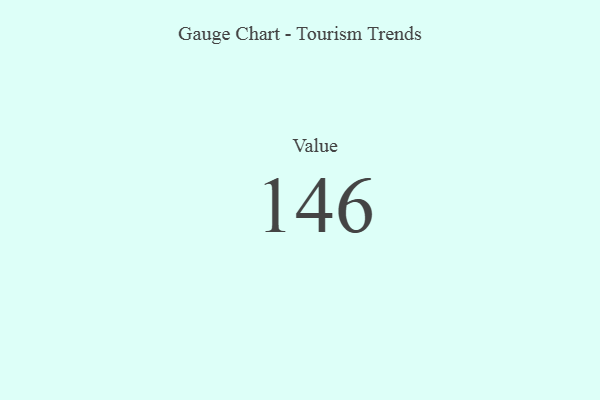
{"axis": {"x": "Metric", "y": "Value"}, "legend": [""], "data": [{"x": "Value", "y": 146, "type": ""}]}